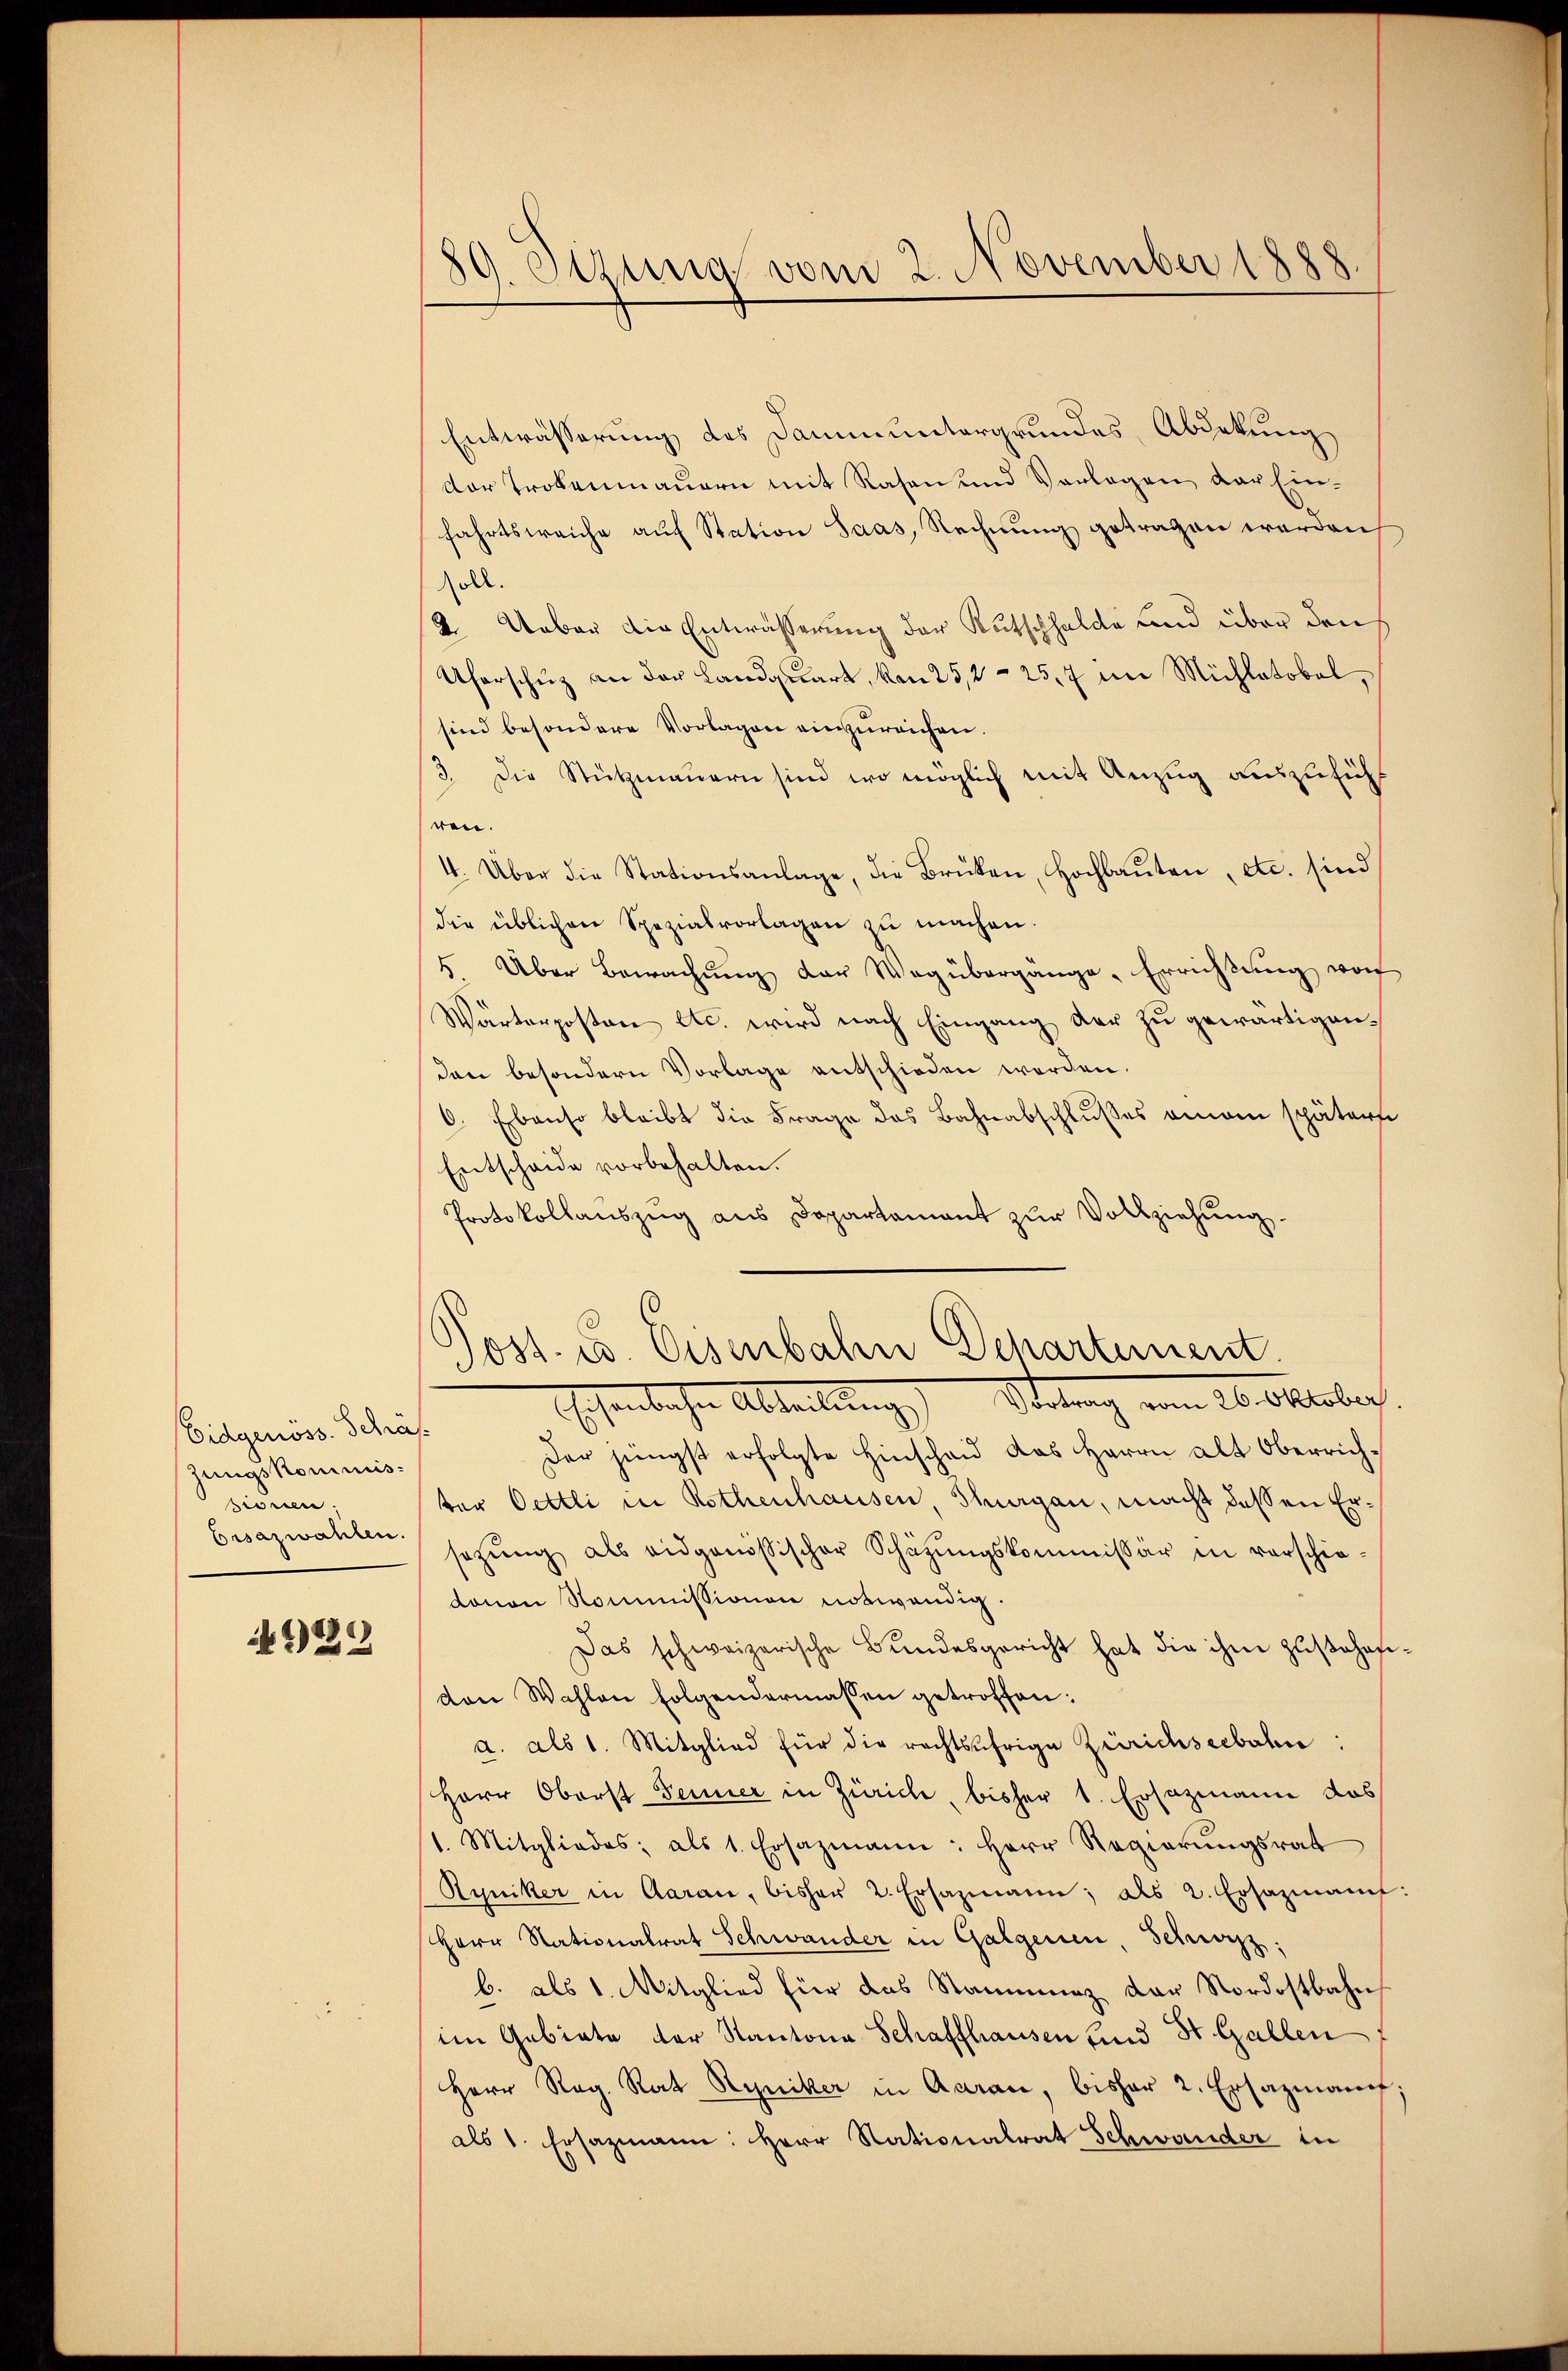
Eidgenöss. Schäf
zungskommis
ziewe
Besazwahlen.

4922

d
g. Sitzung vom 2. November 1888

Entwässerung des Damm untergrundes Abdekung
dor Trokenmauern mit Rasen und Vorlegen der Einfahrtsweiche auf Station Saas, Rechnung getragen werden
soll.
2. Ueber die Entwässerung der Rutschhalde und über den
Uferschuz an der Landquart, von 25,225,7 im Michlatobel,
sind besondere Vorlagen einzureichen.
3. Die Stützmauern sind wo möglich mit Anzug auszuführen.
4. Über die Stationsanlage, die Brüken, Hochbaŭten, etc. sind
die üblichen Spezialvorlagen zŭ machen.
5 Über Bewachŭng der Wegübergange, Errichtung von
Wärterposten etc. wird nach Eingang der zu gewärtigenden besondern Vorlage entschieden worden.
6. Ebenso bleibt die Frage des Bahnabschlußes einem spätern
Entscheide vorbehalten.
Protokollanszug aus Departamant zŭr Vollziehung.

ost. c. Eisenbahn Departement.
Stetung vom 26. Oktober.
Eisenbachen Abteilung,

Der jüngst erfolgte Hinschaid das Herrn alt Oberrichter Oettli in Rothenhausen, Thurgau, macht dessen Ersezŭng als eidgenössischer Schäzŭngskommissär in vorschie-
davon Kommissionen notwendig.
Das schweizerische Bundesgericht hat die ihm zustehefivon Wahlen folgendermassen getroffen:
a. als 1. Mitglied für die rechtsäfrige Zürichseebahn
Herr Oberst Fenner in Zürich, bisher 1. Ersazmann das
1. Mitgliedes, als 1. Ersazmann: Herr Regierŭngsrat
Ryniker in Aarau, bisher 2. Ersazmann; als 2. Ersazmann:
Herr Nationalrat Schwander in Galgenen Schwyz;
b. als 1. Mitglied für das Stammung der Nordostbahn
im Gebiete der Kantona Schaffhausen und St. Gallen
Herr Reg. Rat Ryniker in Aarau, bisher 2. Ersazmanf;
als 1. Ersazmann: Herr Nationalrat Schwander in